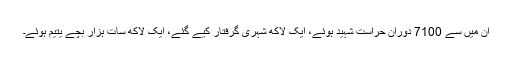
ان میں سے 7100 دوران حراست شہید ہوئے، ایک لاکھ شہری گرفتار کیے گئے، ایک لاکھ سات ہزار بچے یتیم ہوئے۔